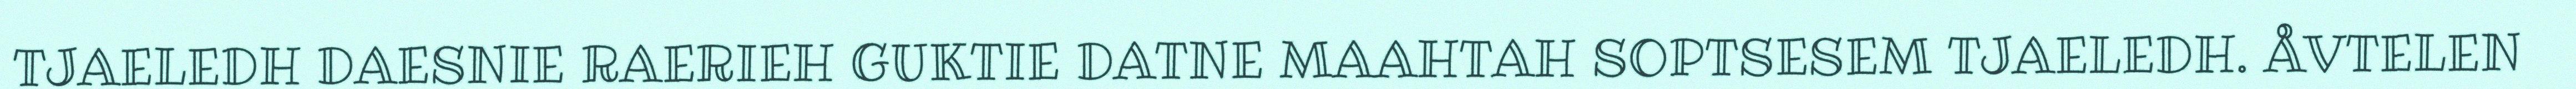
TJAELEDH DAESNIE RAERIEH GUKTIE DATNE MAAHTAH SOPTSESEM TJAELEDH. ÅVTELEN